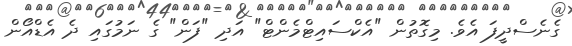
ގެނެސްދީފަ އެވެ. މިގޮތުން "އެކްސައިޓްމެންޓް" އަދި "ފަން" ގެ ނަމުގައި ދެ އެޑްއޯން